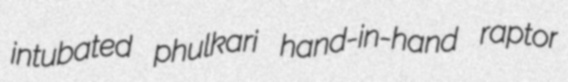
intubated phulkari hand-in-hand raptor